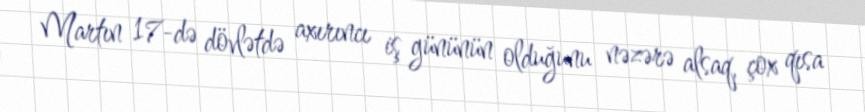
Martın 17-də dövlətdə axırıncı iş gününün olduğunu nəzərə alsaq, çox qısa